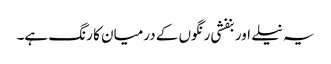
یہ نیلے اور بنفشی رنگوں کے درمیان کا رنگ ہے۔